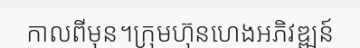
កាលពីមុន។ក្រុមហ៊ុនហេងអភិវឌ្ឍន៍